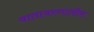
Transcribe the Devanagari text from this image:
वातावरणातील